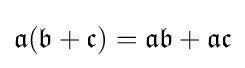
{\mathfrak {a}}({\mathfrak {b}}+{\mathfrak {c}})={\mathfrak {a}}{\mathfrak {b}}+{\mathfrak {a}}{\mathfrak {c}}